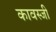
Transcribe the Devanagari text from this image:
कावस्जी